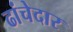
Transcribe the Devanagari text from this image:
ढांचेदार